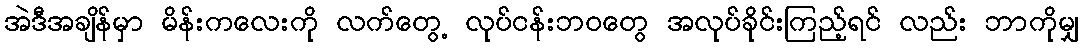
အဲဒီအချိန်မှာ မိန်းကလေးကို လက်တွေ့ လုပ်ငန်းဘဝတွေ အလုပ်ခိုင်းကြည့်ရင် လည်း ဘာကိုမျှ